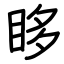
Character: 眵